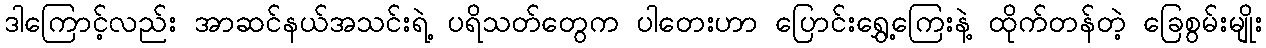
ဒါကြောင့်လည်း အာဆင်နယ်အသင်းရဲ့ ပရိသတ်တွေက ပါတေးဟာ ပြောင်းရွှေ့ကြေးနဲ့ ထိုက်တန်တဲ့ ခြေစွမ်းမျိုး